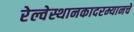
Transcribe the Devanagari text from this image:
रेल्वेस्थानकादरम्यानचे